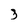
Character: 3